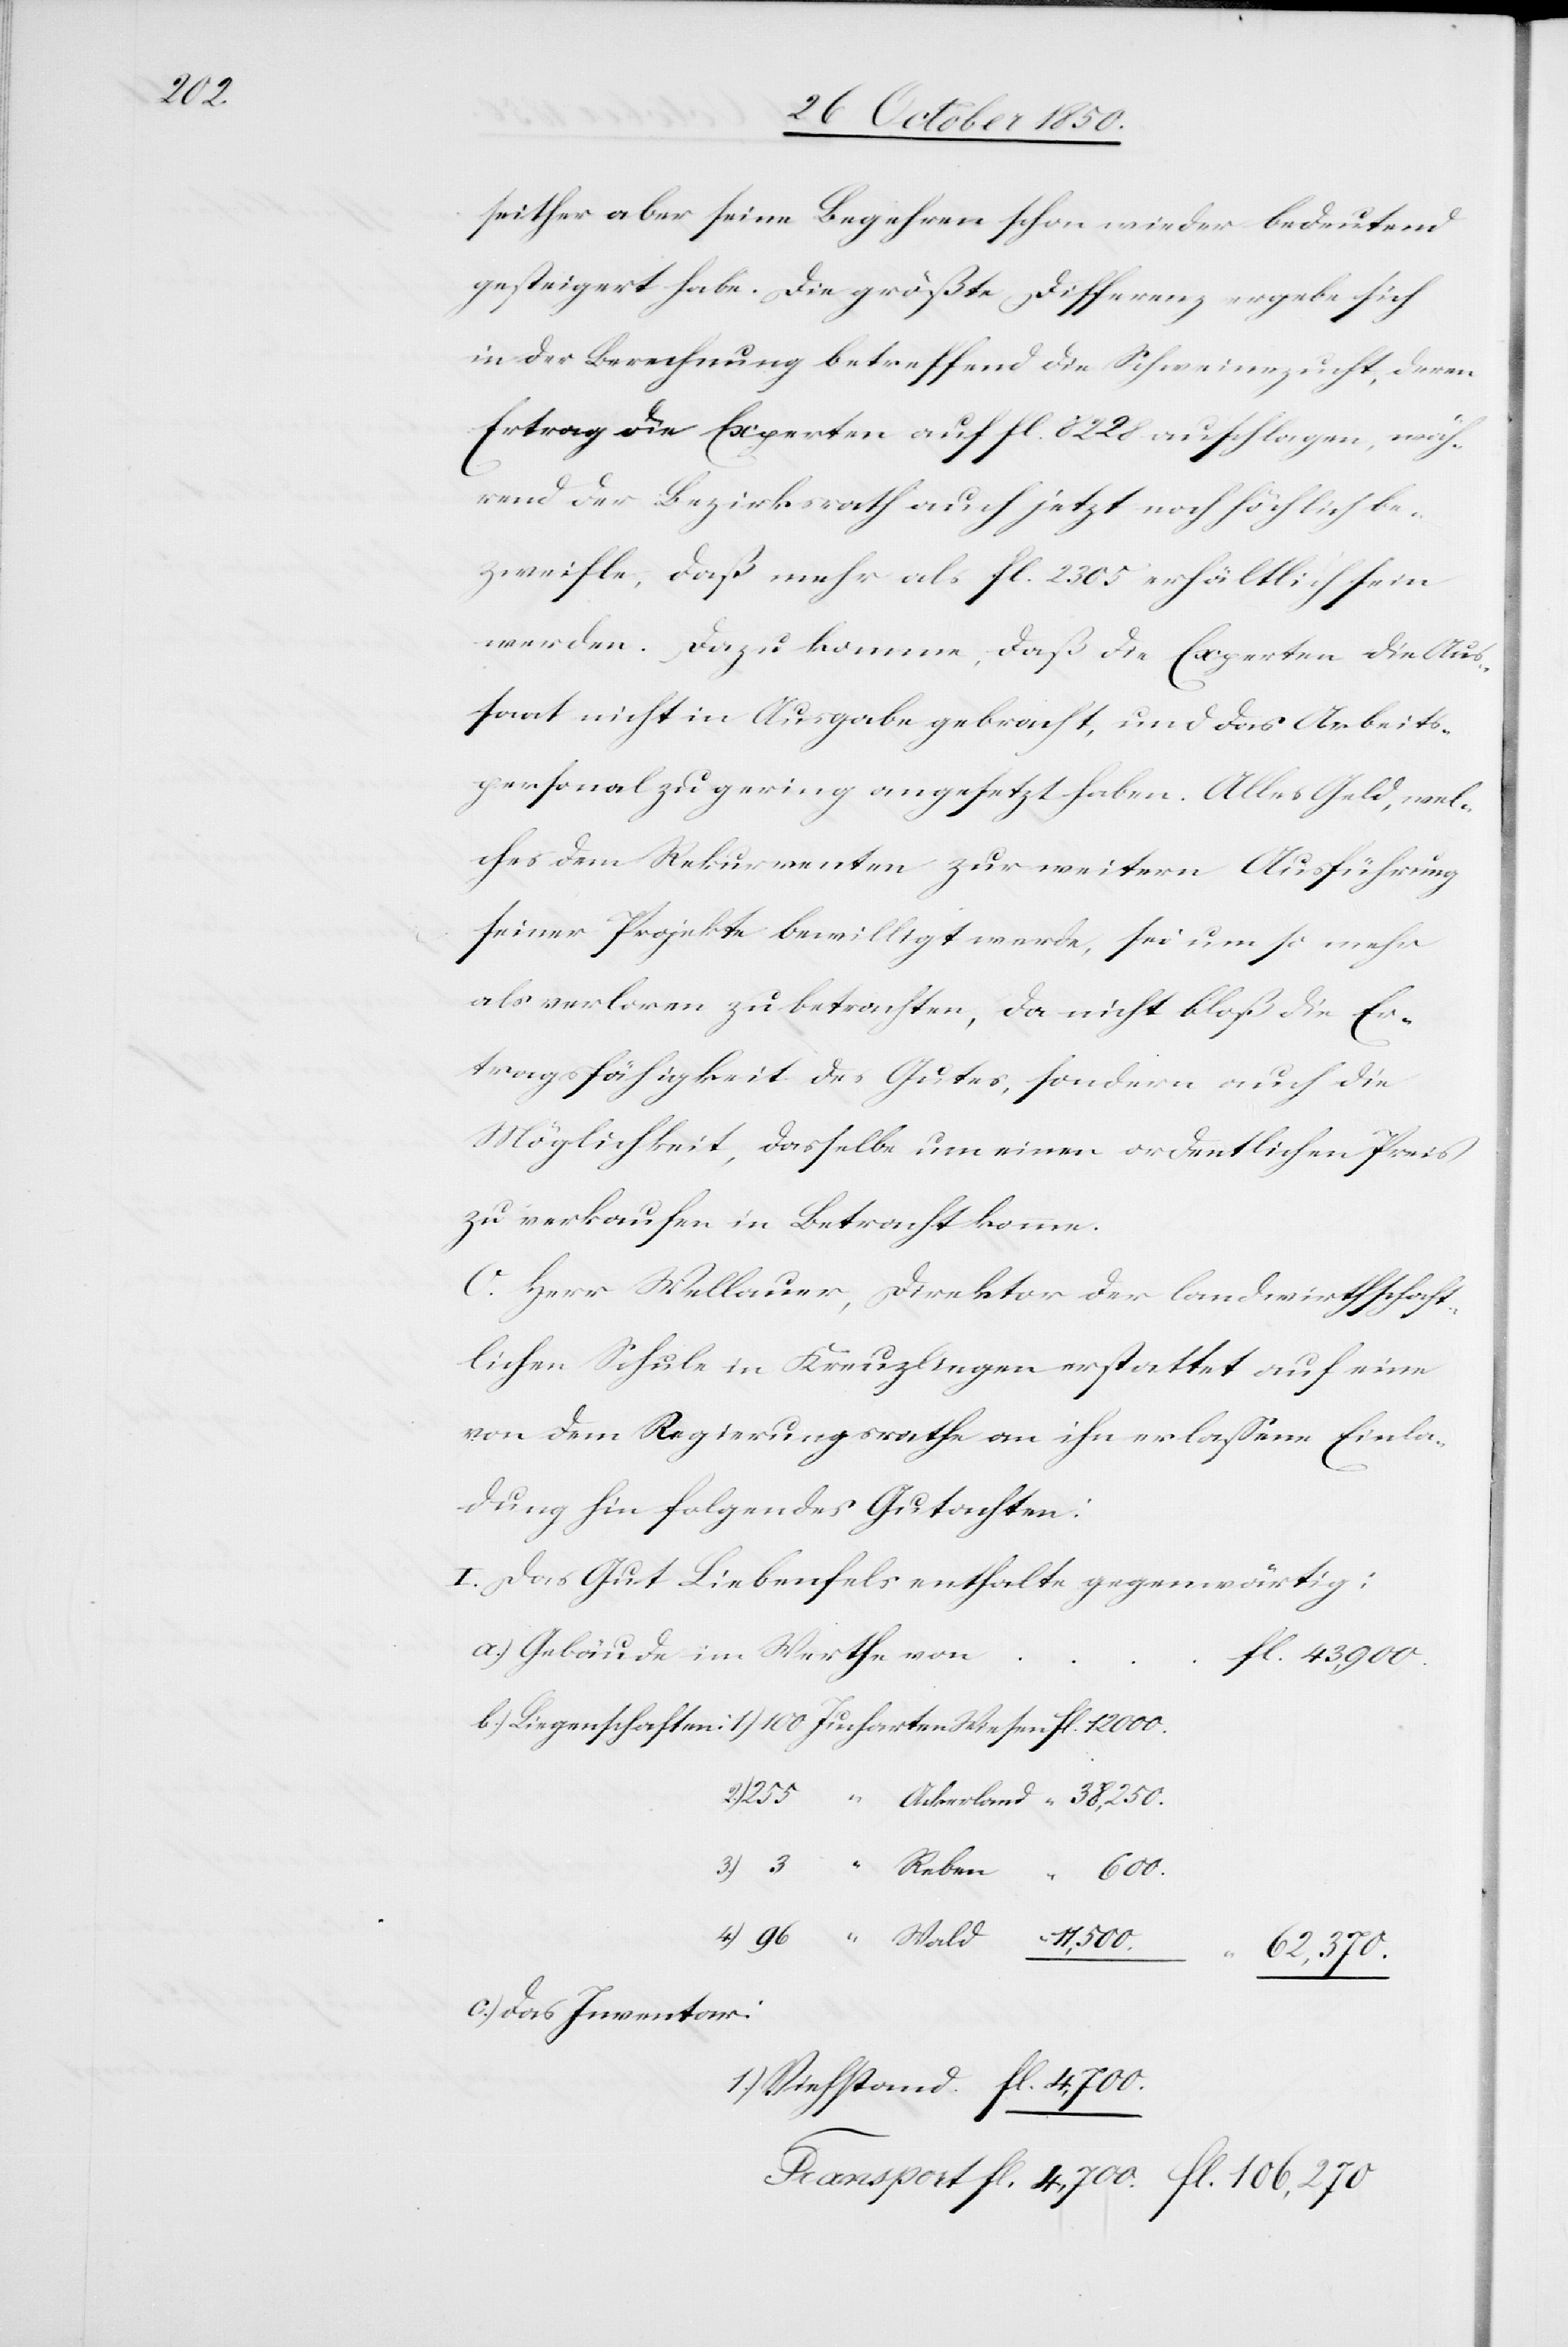
stand

seither aber seine Begehren schon wieder bedeutend
gesteigert habe. Die größte Differenz ergebe sich
in der Berechnung betreffend die Schweinezucht, deren
Ertrag die Experten auf fl. 8228 auschlagen [rec¬
rend der Bezirksrath auch jetzt noch höchlich be¬
zweifle, daß mehr als fl. 2305. erhältlich sein
werden. Dazu komme, daß die Experten die Aus¬
saat nicht in Ausgabe gebracht, und das Arbeits¬
personal zu gering angesetzt haben. Alles Geld, wel¬
ches dem Rekurrenten zur weitern Ausführung
seiner Projekte bewilligt werde, sei um so mehr
als verloren zu betrachten, da nicht bloß die Er¬
tragsfähigkeit des Gutes, sondern auch die
Möglichkeit, dasselbe um einen ordentlichen Preis
zu verkaufen in Betracht komme.
O. Herr Wellauer, Direktor der landwirthschaft¬
lichen Schule in Kreuzlingen erstattet auf eine
von dem Regierungsrathe an ihn erlassene Einla¬
dung hin folgendes Gutachten:
I. Das Gut Liebenfels enthalte gegenwärtig:
Gebäude im Werthe von
4,700.
Das Inventar: